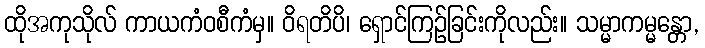
ထိုအကုသိုလ် ကာယကံဝစီကံမှ။ ဝိရတိပိ၊ ရှောင်ကြဉ်ခြင်းကိုလည်း။ သမ္မာကမ္မန္တော,